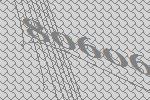
80606